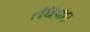
તઘવઇ